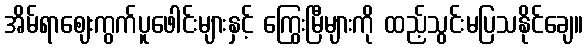
အိမ်ရာဈေးကွက်ပူဖေါင်းများနှင့် ကြွေးမြီများကို ထည့်သွင်းမပြသနိုင်ချေ။